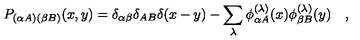
P _ { ( \alpha A ) ( \beta B ) } ( x , y ) = \delta _ { \alpha \beta } \delta _ { A B } \delta ( x - y ) - \sum _ { \lambda } \phi _ { \alpha A } ^ { ( \lambda ) } ( x ) \phi _ { \beta B } ^ { ( \lambda ) } ( y ) \quad ,